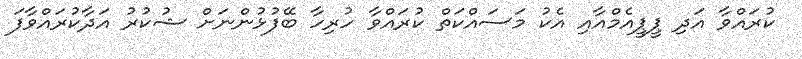
ކުރައްވާ އަދި ޕީޕީއެމްއާއި އެކު މަސައްކަތް ކުރައްވާ ހުރިހާ ބޭފުޅުންނަށް ޝުކުރު އަދާކުރައްވާފަ